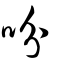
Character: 吩